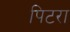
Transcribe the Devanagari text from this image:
पिटरा